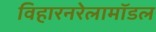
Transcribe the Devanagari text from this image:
विहारनरेलामॉडल